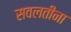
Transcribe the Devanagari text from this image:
सवलतींना